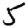
Digit: 5